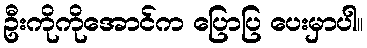
ဦးကိုကိုအောင်က ပြောပြ ပေးမှာပါ။